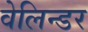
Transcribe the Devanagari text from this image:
वेलिन्डर